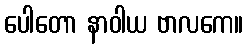
ပေါတော နာဝါယ ဗာလကေ။